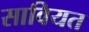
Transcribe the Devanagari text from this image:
सावियत